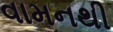
વામનથી